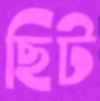
ছিট